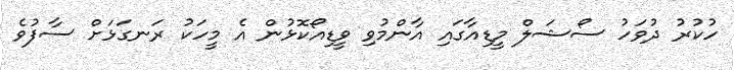
ހުކުރު ދުވަހު ސޯޝަލް މީޑިއާގައި އާންމުވި ވީޑިއޯކޮޅުން އެ މީހަކު ރަނގަޅަށް ސާފުވެ